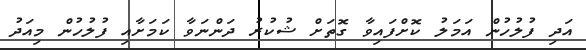
އަދި ފުލުހުން އަމަލު ކޮށްފައިވާ ގޮތަށް ޝުކުރު ދަންނަވާ ކަމަށާއި ފުލުހުން މިއަދު